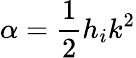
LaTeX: \alpha=\frac{1}{2}h_{i}k^{2}